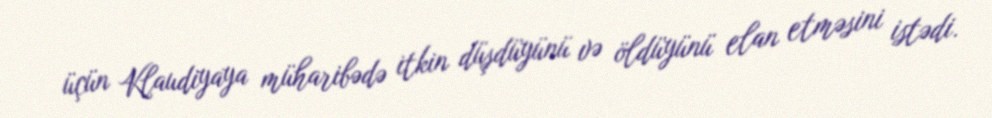
üçün Klaudiyaya müharibədə itkin düşdüyünü və öldüyünü elan etməsini istədi.